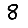
Digit: 8